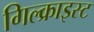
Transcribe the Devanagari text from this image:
गिल्क्राइस्ट